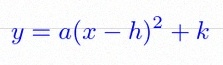
y=a(x-h)^2+k